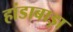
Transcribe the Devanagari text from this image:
हांडाबाड़ा